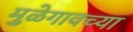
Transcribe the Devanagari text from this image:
मुळेगावच्या